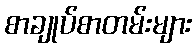
စာချုပ်စာတမ်းများ